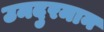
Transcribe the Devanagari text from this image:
उमदुरमान